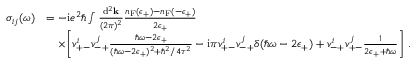
\begin{array} { r l } { \sigma _ { i j } ( \omega ) } & { = - \mathrm { i } e ^ { 2 } \hbar \int \frac { \mathrm { d } ^ { 2 } \mathbf { k } } { ( 2 \pi ) ^ { 2 } } \frac { n _ { \mathrm { F } } ( \epsilon _ { + } ) - n _ { \mathrm { F } } ( - \epsilon _ { + } ) } { 2 \epsilon _ { + } } } \\ & { \quad \times \bigg [ v _ { + - } ^ { i } v _ { - + } ^ { j } \frac { \hbar \omega - 2 \epsilon _ { + } } { ( \hbar \omega - 2 \epsilon _ { + } ) ^ { 2 } + \hbar ^ { 2 } / 4 \tau ^ { 2 } } - \mathrm { i } \pi v _ { + - } ^ { i } v _ { - + } ^ { j } \delta ( \hbar \omega - 2 \epsilon _ { + } ) + v _ { - + } ^ { i } v _ { + - } ^ { j } \frac { 1 } { 2 \epsilon _ { + } + \hbar \omega } \bigg ] \ . } \end{array}